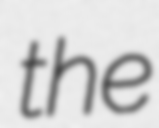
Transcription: the